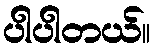
ပါပါတယ်။